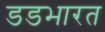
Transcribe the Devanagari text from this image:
डडभारत